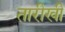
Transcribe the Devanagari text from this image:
तारीखी